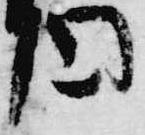
円